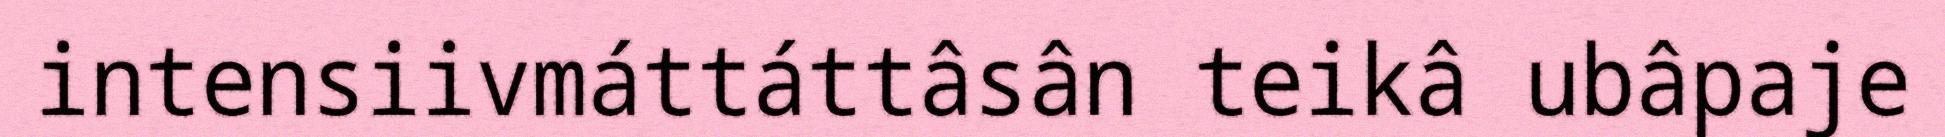
intensiivmáttáttâsân teikâ ubâpaje